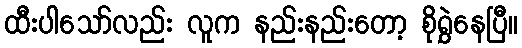
ထီးပါသော်လည်း လူက နည်းနည်းတော့ စိုရွှဲနေပြီ။